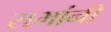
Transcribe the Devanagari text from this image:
सभांनी